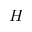
H